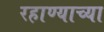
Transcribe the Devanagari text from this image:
रहाण्याच्या